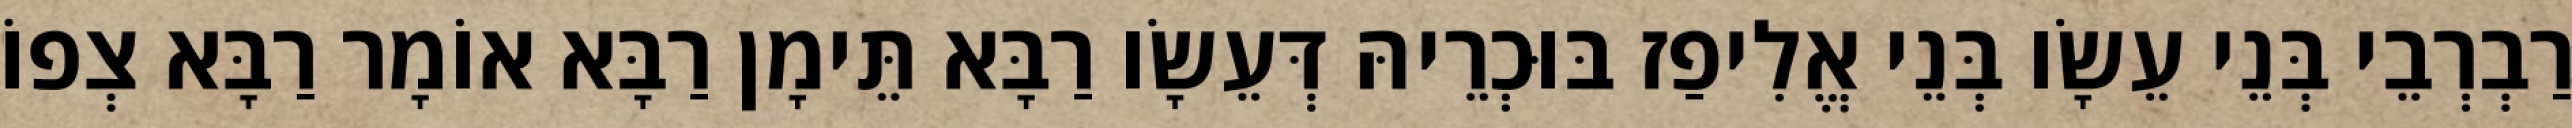
רַבְרְבֵי בְּנֵי עֵשָׂו בְּנֵי אֱלִיפַז בּוּכְרֵיהּ דְּעֵשָׂו רַבָּא תֵּימָן רַבָּא אוֹמָר רַבָּא צְפוֹ